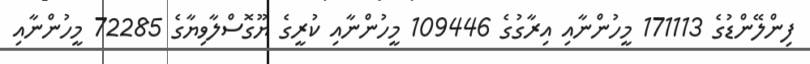
ފިންލޭންޑުގެ 171113 މީހުންނާއި އިރާގުގެ 109446 މީހުންނާއި ކުރީގެ ޔޫގޮސްލާވިޔާގެ 72285 މީހުންނާއި